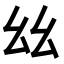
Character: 𢆶